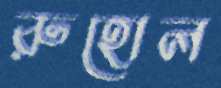
রুহোল